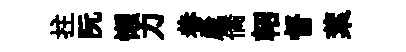
拄阮懶力巷崴僑軺督葉